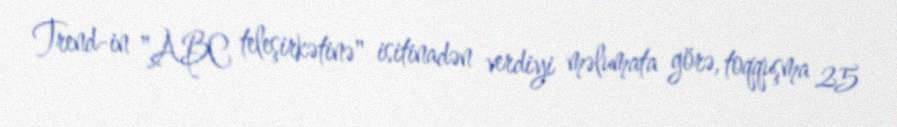
Trend-in "ABC teleşirkətinə" isitinadən verdiyi məlumata görə, toqquşma 25